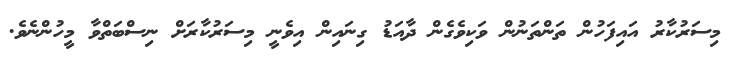
މިސަރުކާރު އައިފަހުން ތަންތަނުން ވަކިވެގެންް ދާއަޑު ގިނައިން އިވެނީ މިސަރުކާރަށް ނިސްބަތްވާ މީހުންނެވެ.